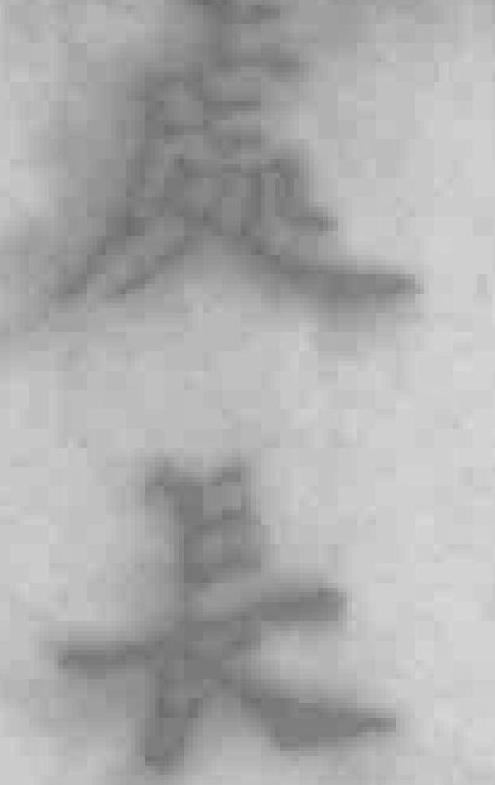
處長